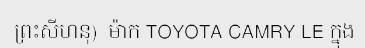
ព្រះសីហនុ)  ម៉ាក TOYOTA CAMRY LE ក្នុង